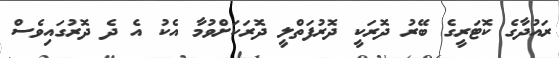
ރައުދާގެ ކޮޓަރީގެ ބޭރު ދޮރަކީ ދޮރުފަތްލީ ދޮރަކަށްވުމާ އެކު އެ ދެ ދޮރުގައިވެސް